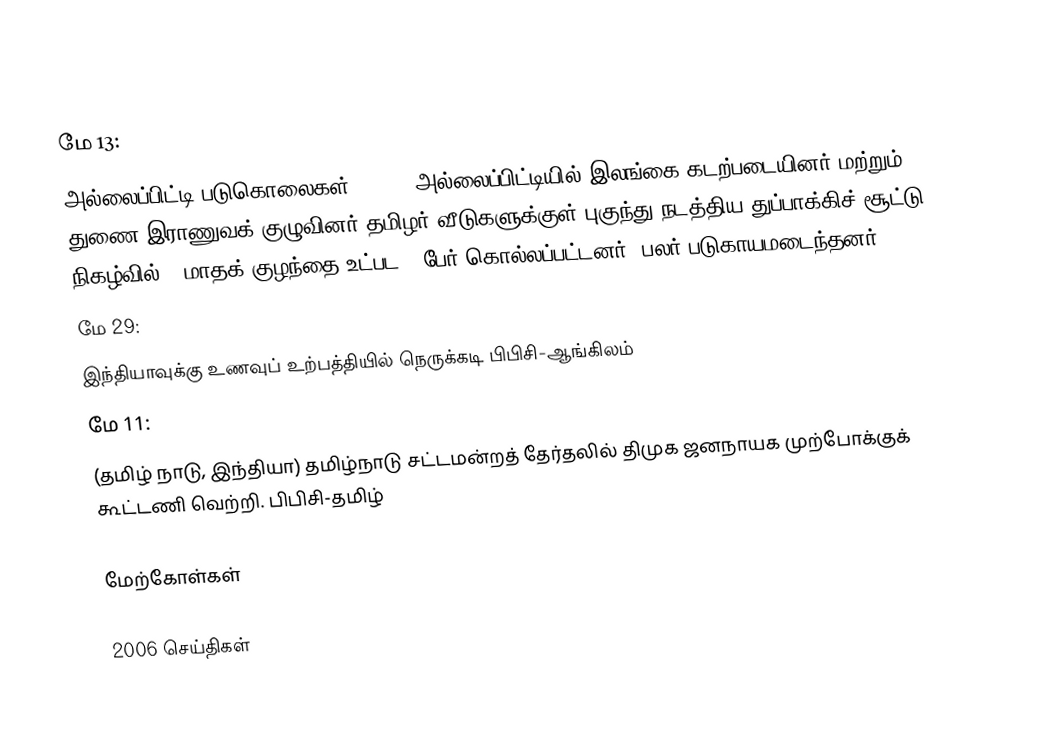
மே 13:
அல்லைப்பிட்டி படுகொலைகள், 2006: அல்லைப்பிட்டியில் இலங்கை கடற்படையினர் மற்றும் துணை இராணுவக் குழுவினர் தமிழர் வீடுகளுக்குள் புகுந்து நடத்திய துப்பாக்கிச் சூட்டு நிகழ்வில் 4 மாதக் குழந்தை உட்பட 9 பேர் கொல்லப்பட்டனர். பலர் படுகாயமடைந்தனர்.
மே 29:
 இந்தியாவுக்கு உணவுப் உற்பத்தியில் நெருக்கடி பிபிசி-ஆங்கிலம்
மே 11:
 (தமிழ் நாடு, இந்தியா) தமிழ்நாடு சட்டமன்றத் தேர்தலில் திமுக ஜனநாயக முற்போக்குக் கூட்டணி வெற்றி. பிபிசி-தமிழ்

மேற்கோள்கள்

2006 செய்திகள்